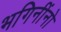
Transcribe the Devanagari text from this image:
भगिनींनो